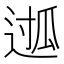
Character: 𮞖